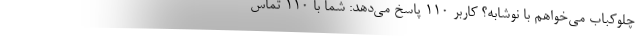
چلوکباب می‌خواهم با نوشابه؟ کاربر ۱۱۰ پاسخ می‌دهد: شما با ۱۱۰ تماس